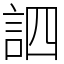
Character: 訵